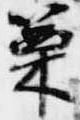
篥